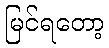
မြင်ရတော့